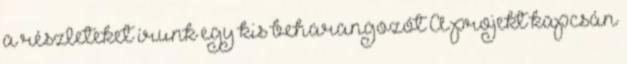
a részleteket írunk egy kis beharangozót A projekt kapcsán